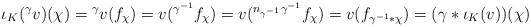
LaTeX: \begin{align*} \iota_K({}^\gamma v)(\chi)= {}^\gamma v(f_\chi)= v({}^{\gamma^{-1}}f_\chi)= v({}^{n_{\gamma^{-1}}\gamma^{-1}}f_\chi)= v(f_{\gamma^{-1}*\chi})= (\gamma*\iota_K(v))(\chi)\end{align*}